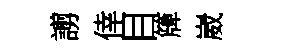
謭倖目簰崴